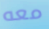
معه